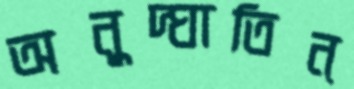
অনুদ্ঘাতিন্